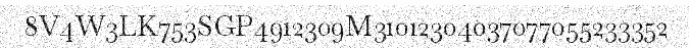
8V4W3LK753SGP4912309M31012304037077055233352